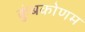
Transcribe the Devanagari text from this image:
कुंबकोणम